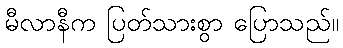
မီလာနီက ပြတ်သားစွာ ပြောသည်။